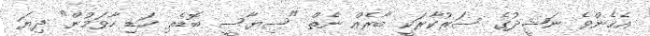
އެހެންވެ ނަޝީދުގެ ސަރުކާރަކީ ބާރެއް ނެތް "ސިޔާސީ ބޮޑެތި ހަޑި ހާވަމުން" ދިޔަ